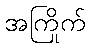
အကြိုက်